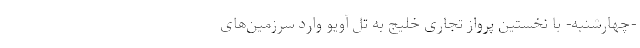
-چهارشنبه- با نخستین پرواز تجاری خلیج به تل آویو وارد سرزمین‌های